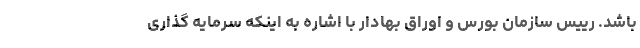
باشد. رییس سازمان بورس و اوراق بهادار با اشاره به اینکه سرمایه گذاری